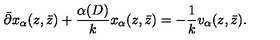
\bar { \partial } x _ { \alpha } ( z , \bar { z } ) + \frac { \alpha ( D ) } { k } x _ { \alpha } ( z , \bar { z } ) = - \frac { 1 } { k } v _ { \alpha } ( z , \bar { z } ) .